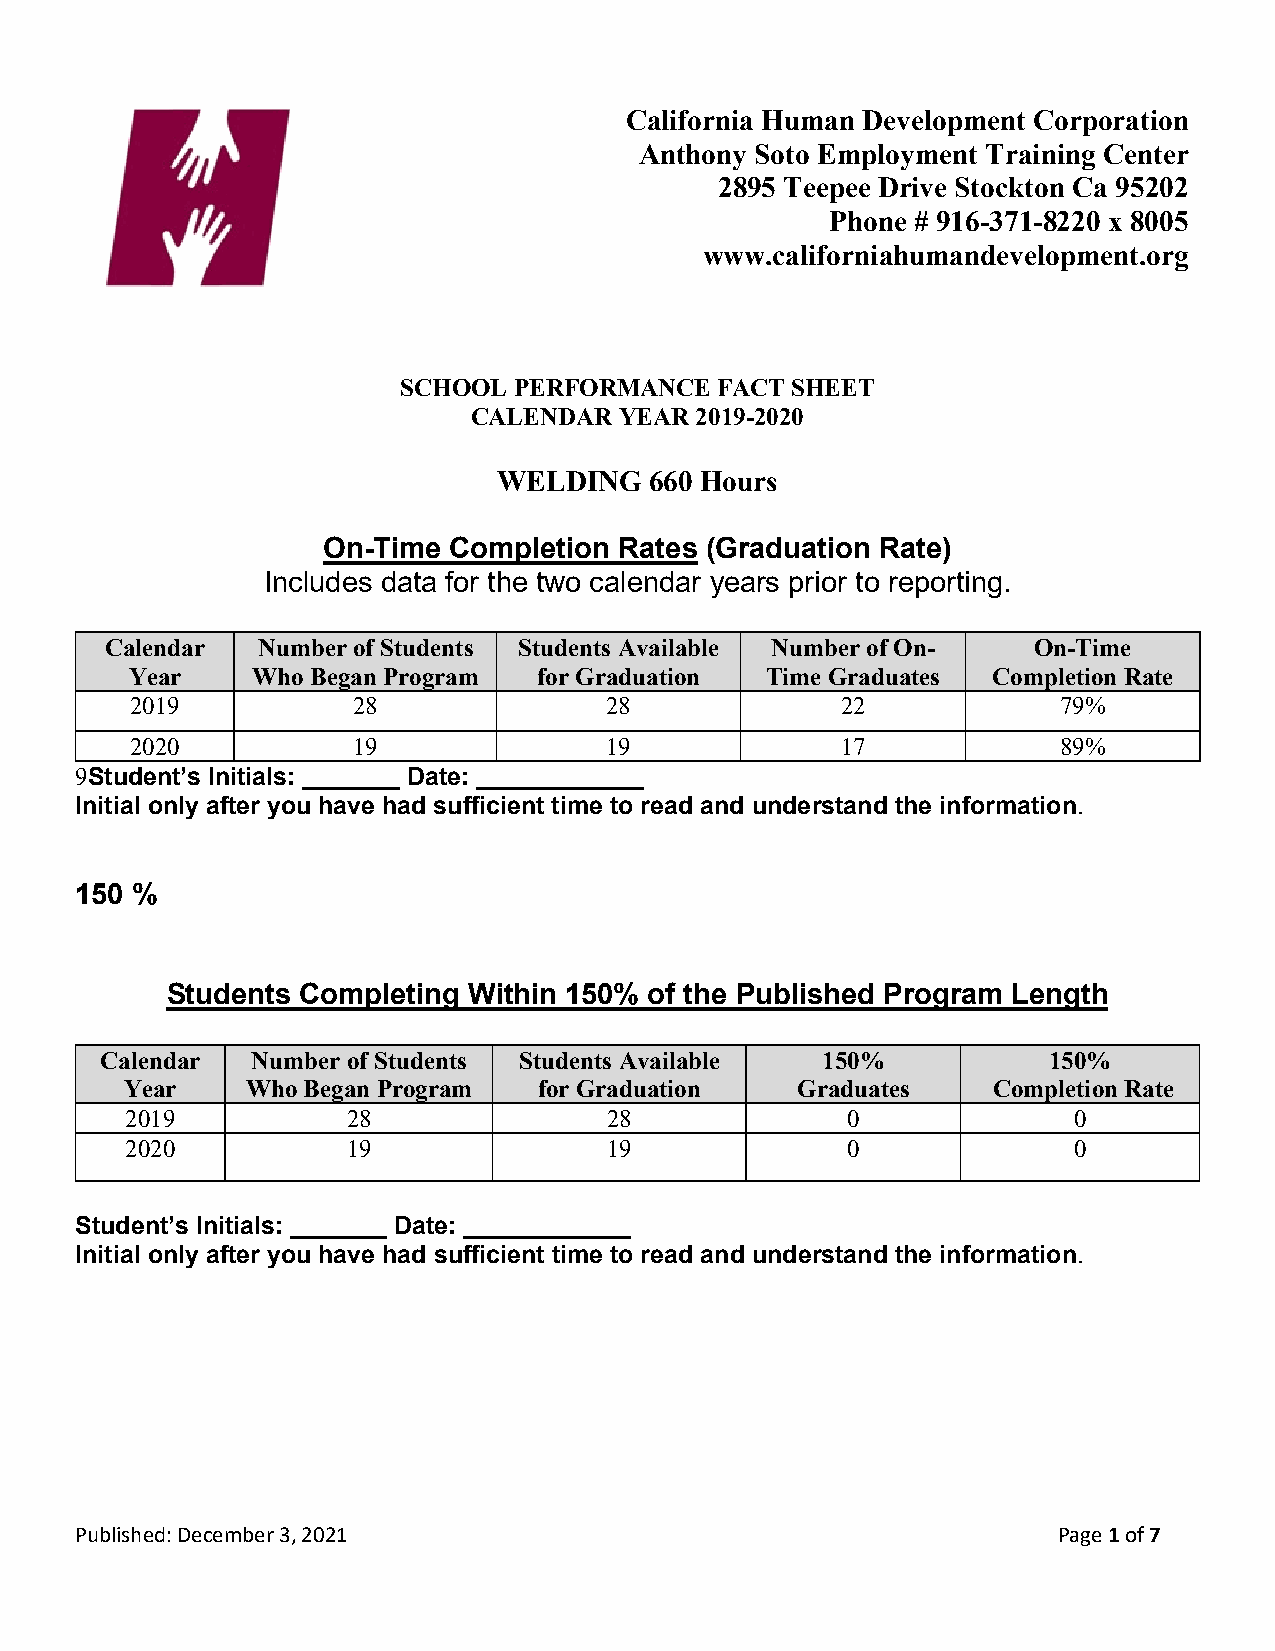
California Human Development Corporation
 Anthony Soto Employment Training Center
 2895 Teepee Drive Stockton Ca 95202
 Phone # 916-371-8220 x 8005
 www.californiahumandevelopment.org
 SCHOOL  PERFORMANCE  FACT SHEET
 CALENDAR  YEAR 2019-2020
 WELDING   660 Hours
 On-Time  Completion Rates (Graduation Rate)
 Includes data for the two calendar years prior to reporting.
 Calendar  Number of Students Students Available Number of On- On-Time
 Year    Who Began Program  for Graduation Time Graduates Completion Rate
 2019          28               28              22            79%
 2020          19               19              17            89%
 9Student’s Initials: _______ Date: ____________
 Initial only after you have had sufficient time to read and understand the information.
 150 %
 Students Completing Within 150% of the Published Program Length
 Calendar  Number of Students Students Available 150%          150%
 Year    Who Began Program   for Graduation   Graduates    Completion Rate
 2019           28               28              0              0
 2020           19               19              0              0
 Student’s Initials: _______ Date: ____________
 Initial only after you have had sufficient time to read and understand the information.
 Published: December 3, 2021                                      Page 1 of 7